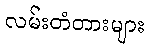
လမ်းတံတားများ